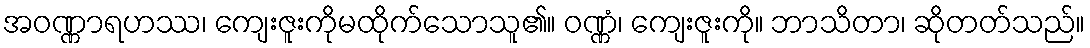
အဝဏ္ဏာရဟဿ၊ ကျေးဇူးကိုမထိုက်သောသူ၏။ ဝဏ္ဏံ၊ ကျေးဇူးကို။ ဘာသိတာ၊ ဆိုတတ်သည်။